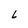
Character: L